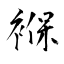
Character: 褓